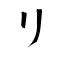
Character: リ